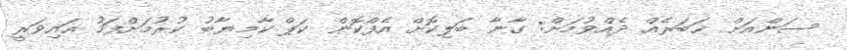
ސަންއަށް ޚަބަރެއް ދެއްވުމަށް: ގާނާ ބަލިކޮށް އެފްކޮން ކަޕް ކާމިޔާބު ކުރުމަށްފަހު އައިވަރީ